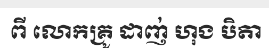
ពី លោកគ្រូ ដាញ់ ហុង បិតា